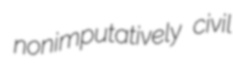
nonimputatively civil